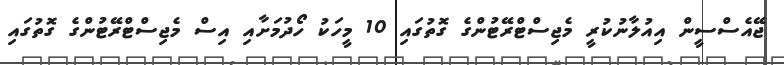
ޖޭއެސްސީން އިއުލާނުކުރީ މެޖިސްޓްރޭޓުންގެ ގޮތުގައި 10 މީހަކު ހޯދުމަށާއި އިސް މެޖިސްޓްރޭޓުންގެ ގޮތުގައި